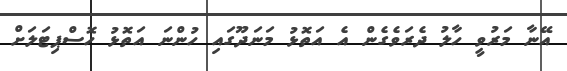
އޭނާ މަރުވީ ހާލު ދެރަވެގެން އެ އަތޮޅު މަނަދޫގައި ހުންނަ އަތޮޅު ހޮސްޕިޓަލަށް